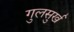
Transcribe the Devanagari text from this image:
गुलसुर्ख